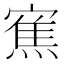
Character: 𭔓